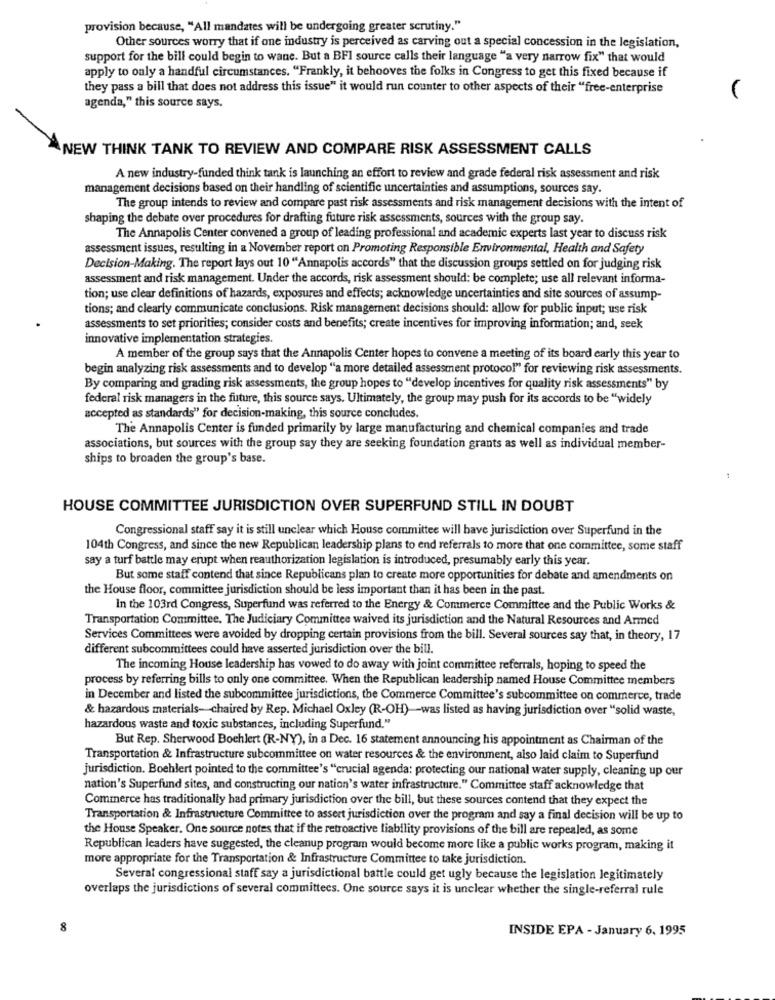
provision because, "All mandates will be undergoing greater scrutiny."
Other sources worry that if one industry is perceived as carving out a special concession in the legislation,
support for the bill could begin to wane. But a BFI source calls their language "a very narrow fix" that would
apply to only a handful circumstances. "Frankly, it behooves the folks in Congress to get this fixed because if
they pass a bill that does not address this issue" it would run counter to other aspects of their "free-enterprise
agenda," this source says.
"NEW THINK TANK TO REVIEW AND COMPARE RISK ASSESSMENT CALLS
A new industry-funded think tank is launching an effort to review and grade federal risk assessment and risk
management decisions based on their handling of scientific uncertainties and assumptions, sources say.
The group intends to review and compare past risk assessments and risk management decisions with the intent of
shaping the debate over procedures for drafting future risk assessments, sources with the group say.
The Annapolis Center convened a group of leading professional and academic experts last year to discuss risk
assessment issues, resulting in a November report on Promoting Responsible Environmental, Health and Safety
Decision-Making. The report lays out 10 "Annapolis accords" that the discussion groups settled on for judging risk
assessment and risk management. Under the accords, risk assessment should: be complete; use all relevant informa-
tion; use clear definitions of hazards, exposures and effects; acknowledge uncertainties and site sources of assump-
tions; and clearly communicate conclusions. Risk management decisions should: allow for public input; use risk
assessments to set priorities; consider costs and benefits; create incentives for improving information; and, seek
innovative implementation strategies.
A member of the group says that the Annapolis Center hopes to convene a meeting of its board early this year to
begin analyzing risk assessments and to develop "a more detailed assessment protocol" for reviewing risk assessments.
By comparing and grading risk assessments, the group hopes to "develop incentives for quality risk assessments" by
federal risk managers in the future, this source says. Ultimately, the group may push for its accords to be "widely
accepted as standards" for decision-making, this source concludes.
The Annapolis Center is funded primarily by large manufacturing and chemical companies and trade
associations, but sources with the group say they are seeking foundation grants as well as individual member-
ships to broaden the group's base.
HOUSE COMMITTEE JURISDICTION OVER SUPERFUND STILL IN DOUBT
Congressional staff say it is still unclear which House committee will have jurisdiction over Superfund in the
104th Congress, and since the new Republican leadership plans to end referrals to more that one committee, some staff
say a turf battle may erupt when reauthorization legislation is introduced, presumably early this year.
But some staff contend that since Republicans plan to create more opportunities for debate and amendments on
the House floor, committee jurisdiction should be less important than it has been in the past.
In the 103rd Congress, Superfund was referred to the Energy & Commerce Committee and the Public Works &
Transportation Committee. The Judiciary Committee waived its jurisdiction and the Natural Resources and Armed
Services Committees were avoided by dropping certain provisions from the bill. Several sources say that, in theory, 17
different subcommittees could have asserted jurisdiction over the bill.
The incoming House leadership has vowed to do away with joint committee referrals, hoping to speed the
process by referring bills to only one committee. When the Republican leadership named House Committee members
in December and listed the subcommittee jurisdictions, the Commerce Committee's subcommittee on commerce, trade
& hazardous materials- chaired by Rep. Michael Oxley (R-OH)-was listed as having jurisdiction over "solid waste,
hazardous waste and toxic substances, including Superfund."
But Rep. Sherwood Boehlert (R-NY), in a Dec. 16 statement announcing his appointment as Chairman of the
Transportation & Infrastructure subcommittee on water resources & the environment, also laid claim to Superfund
jurisdiction. Boehlert pointed to the committee's "crucial agenda: protecting our national water supply, cleaning up our
nation's Superfund sites, and constructing our nation's water infrastructure." Committee staff acknowledge that
Commerce has traditionally had primary jurisdiction over the bill, but these sources contend that they expect the
Transportation & Infrastructure Committee to assert jurisdiction over the program and say a final decision will be up to
the House Speaker. One source notes that if the retroactive liability provisions of the bill are repealed, as some
Republican leaders have suggested, the cleanup program would become more like a public works program, making it
more appropriate for the Transportation & Infrastructure Committee to take jurisdiction.
Several congressional staff say a jurisdictional battle could get ugly because the legislation legitimately
overlaps the jurisdictions of several committees. One source says it is unclear whether the single-referral rule
8
INSIDE EPA - January 6. 1995